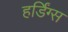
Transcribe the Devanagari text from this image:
हर्डिंग्स